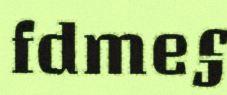
fdme§